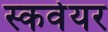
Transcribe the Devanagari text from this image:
स्कवेयर